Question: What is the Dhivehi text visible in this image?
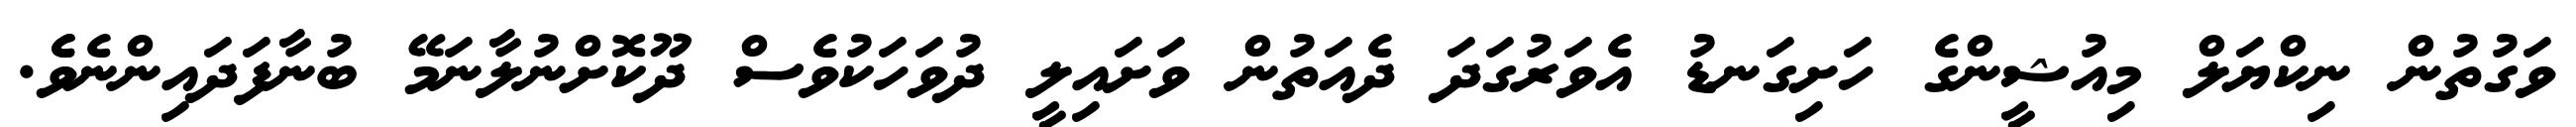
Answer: ވަގުތުން ނިކްޔަލް މިއުޝީންގެ ހަށިގަނޑު އެވަރުގަދަ ދެއަތުން ވަށައިލީ ދުވަހަކުވެސް ދޫކޮށްނުލާނަމޭ ބުނާފަދައިންނެވެެ.